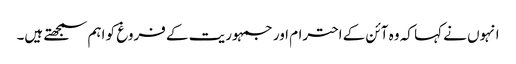
انہوں نے کہا کہ وہ آئن کے احترام اور جمہوریت کے فروغ کو اہم سمجھتے ہیں۔